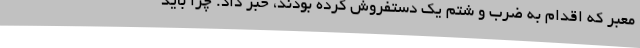
معبر که اقدام به ضرب و شتم یک دستفروش کرده بودند، خبر داد. چرا باید